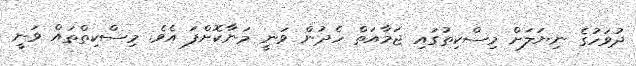
ދުވަހުގެ ނިޔަލަށް މިސްކިތުގައި ޖަމާއަތް ހެދުން ވަނީ މަނާކޮށްފަ އެވެ. މިސްކިތްތައް ވަނީ